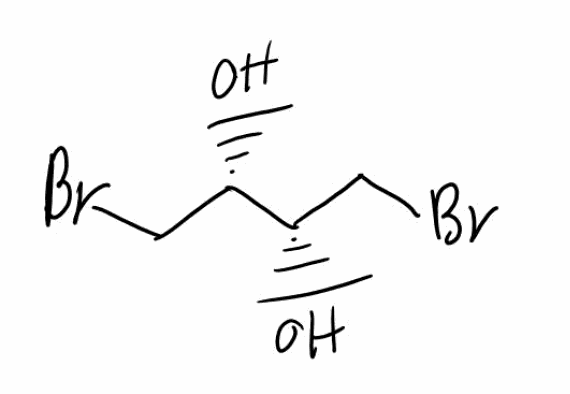
Simplified molecular-input line-entry system (SMILES) notation of the given molecule:
C([C@@H]([C@H](CBr)O)O)Br